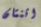
اثنتان